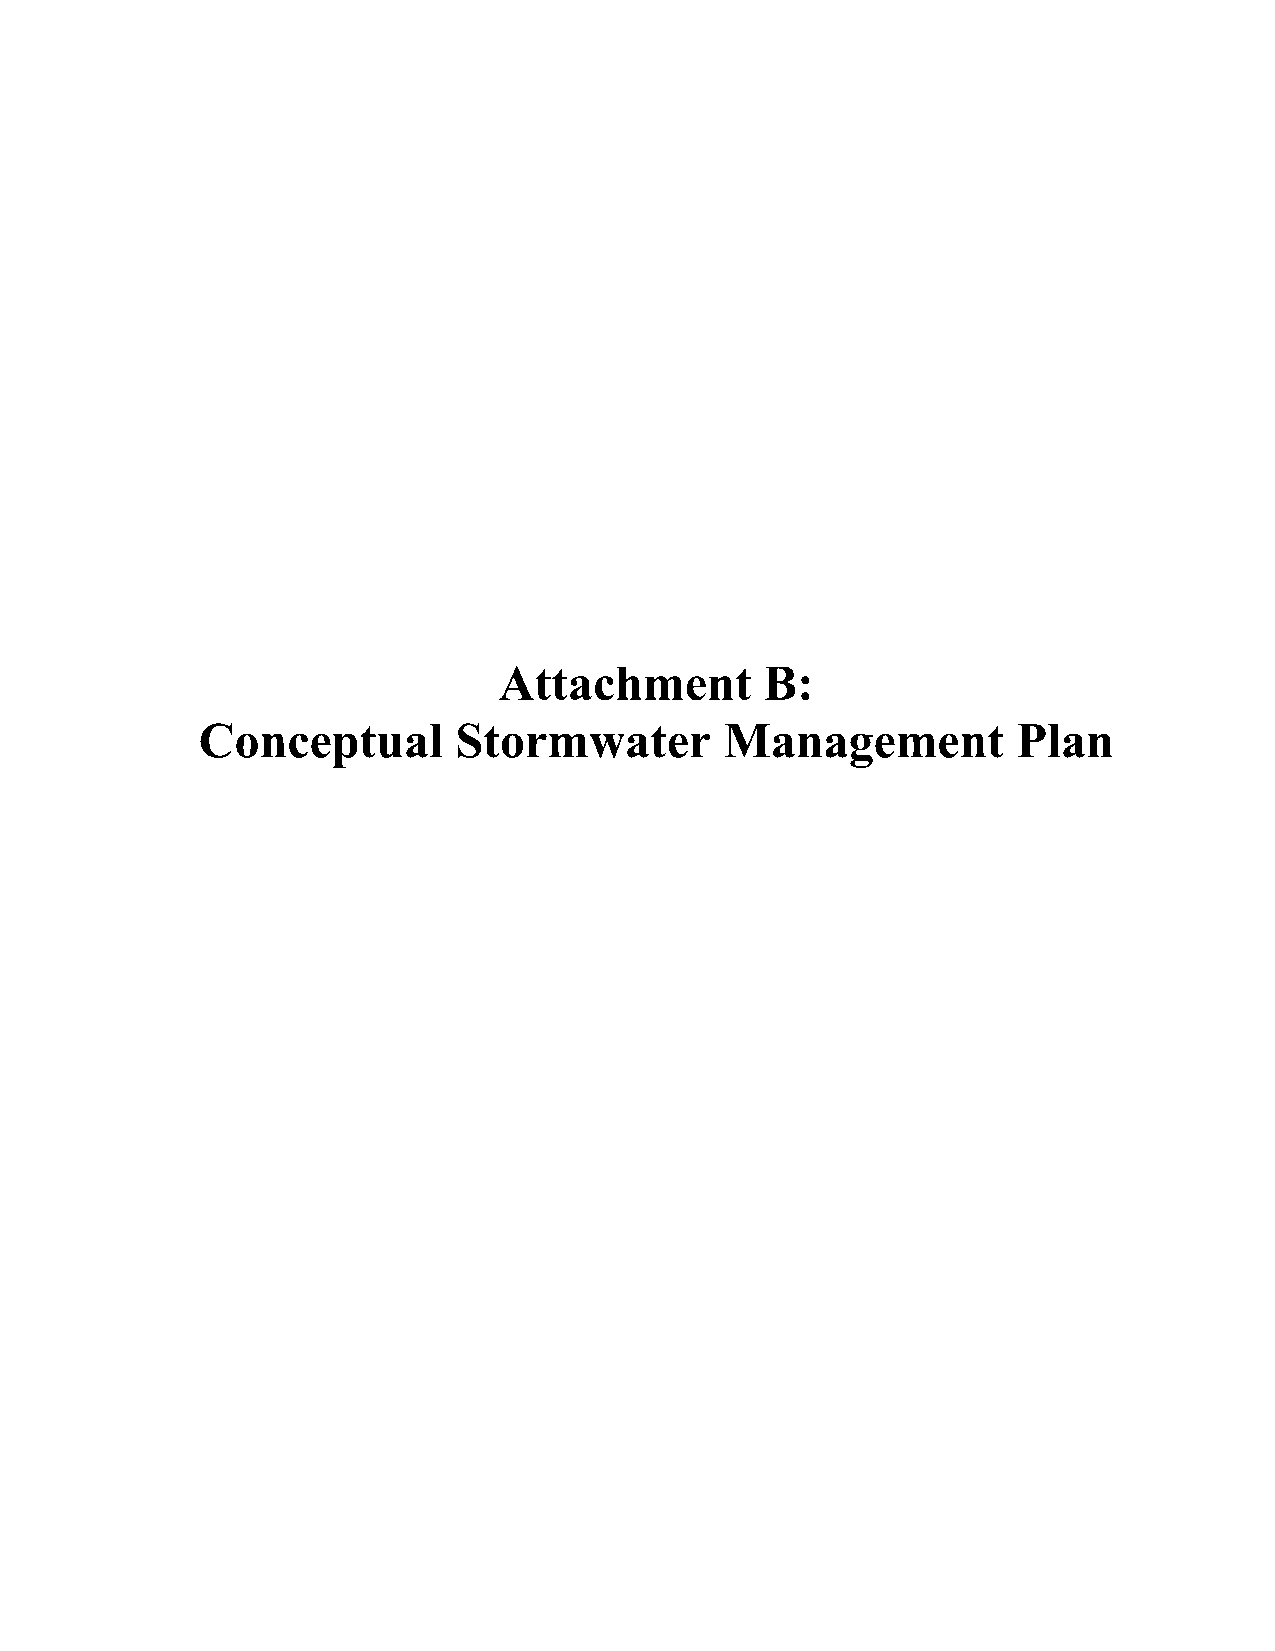
Attachment        B:
 Conceptual       Stormwater        Management         Plan